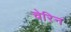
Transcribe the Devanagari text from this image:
चेरिन